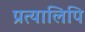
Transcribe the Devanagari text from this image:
प्रत्यालिपि